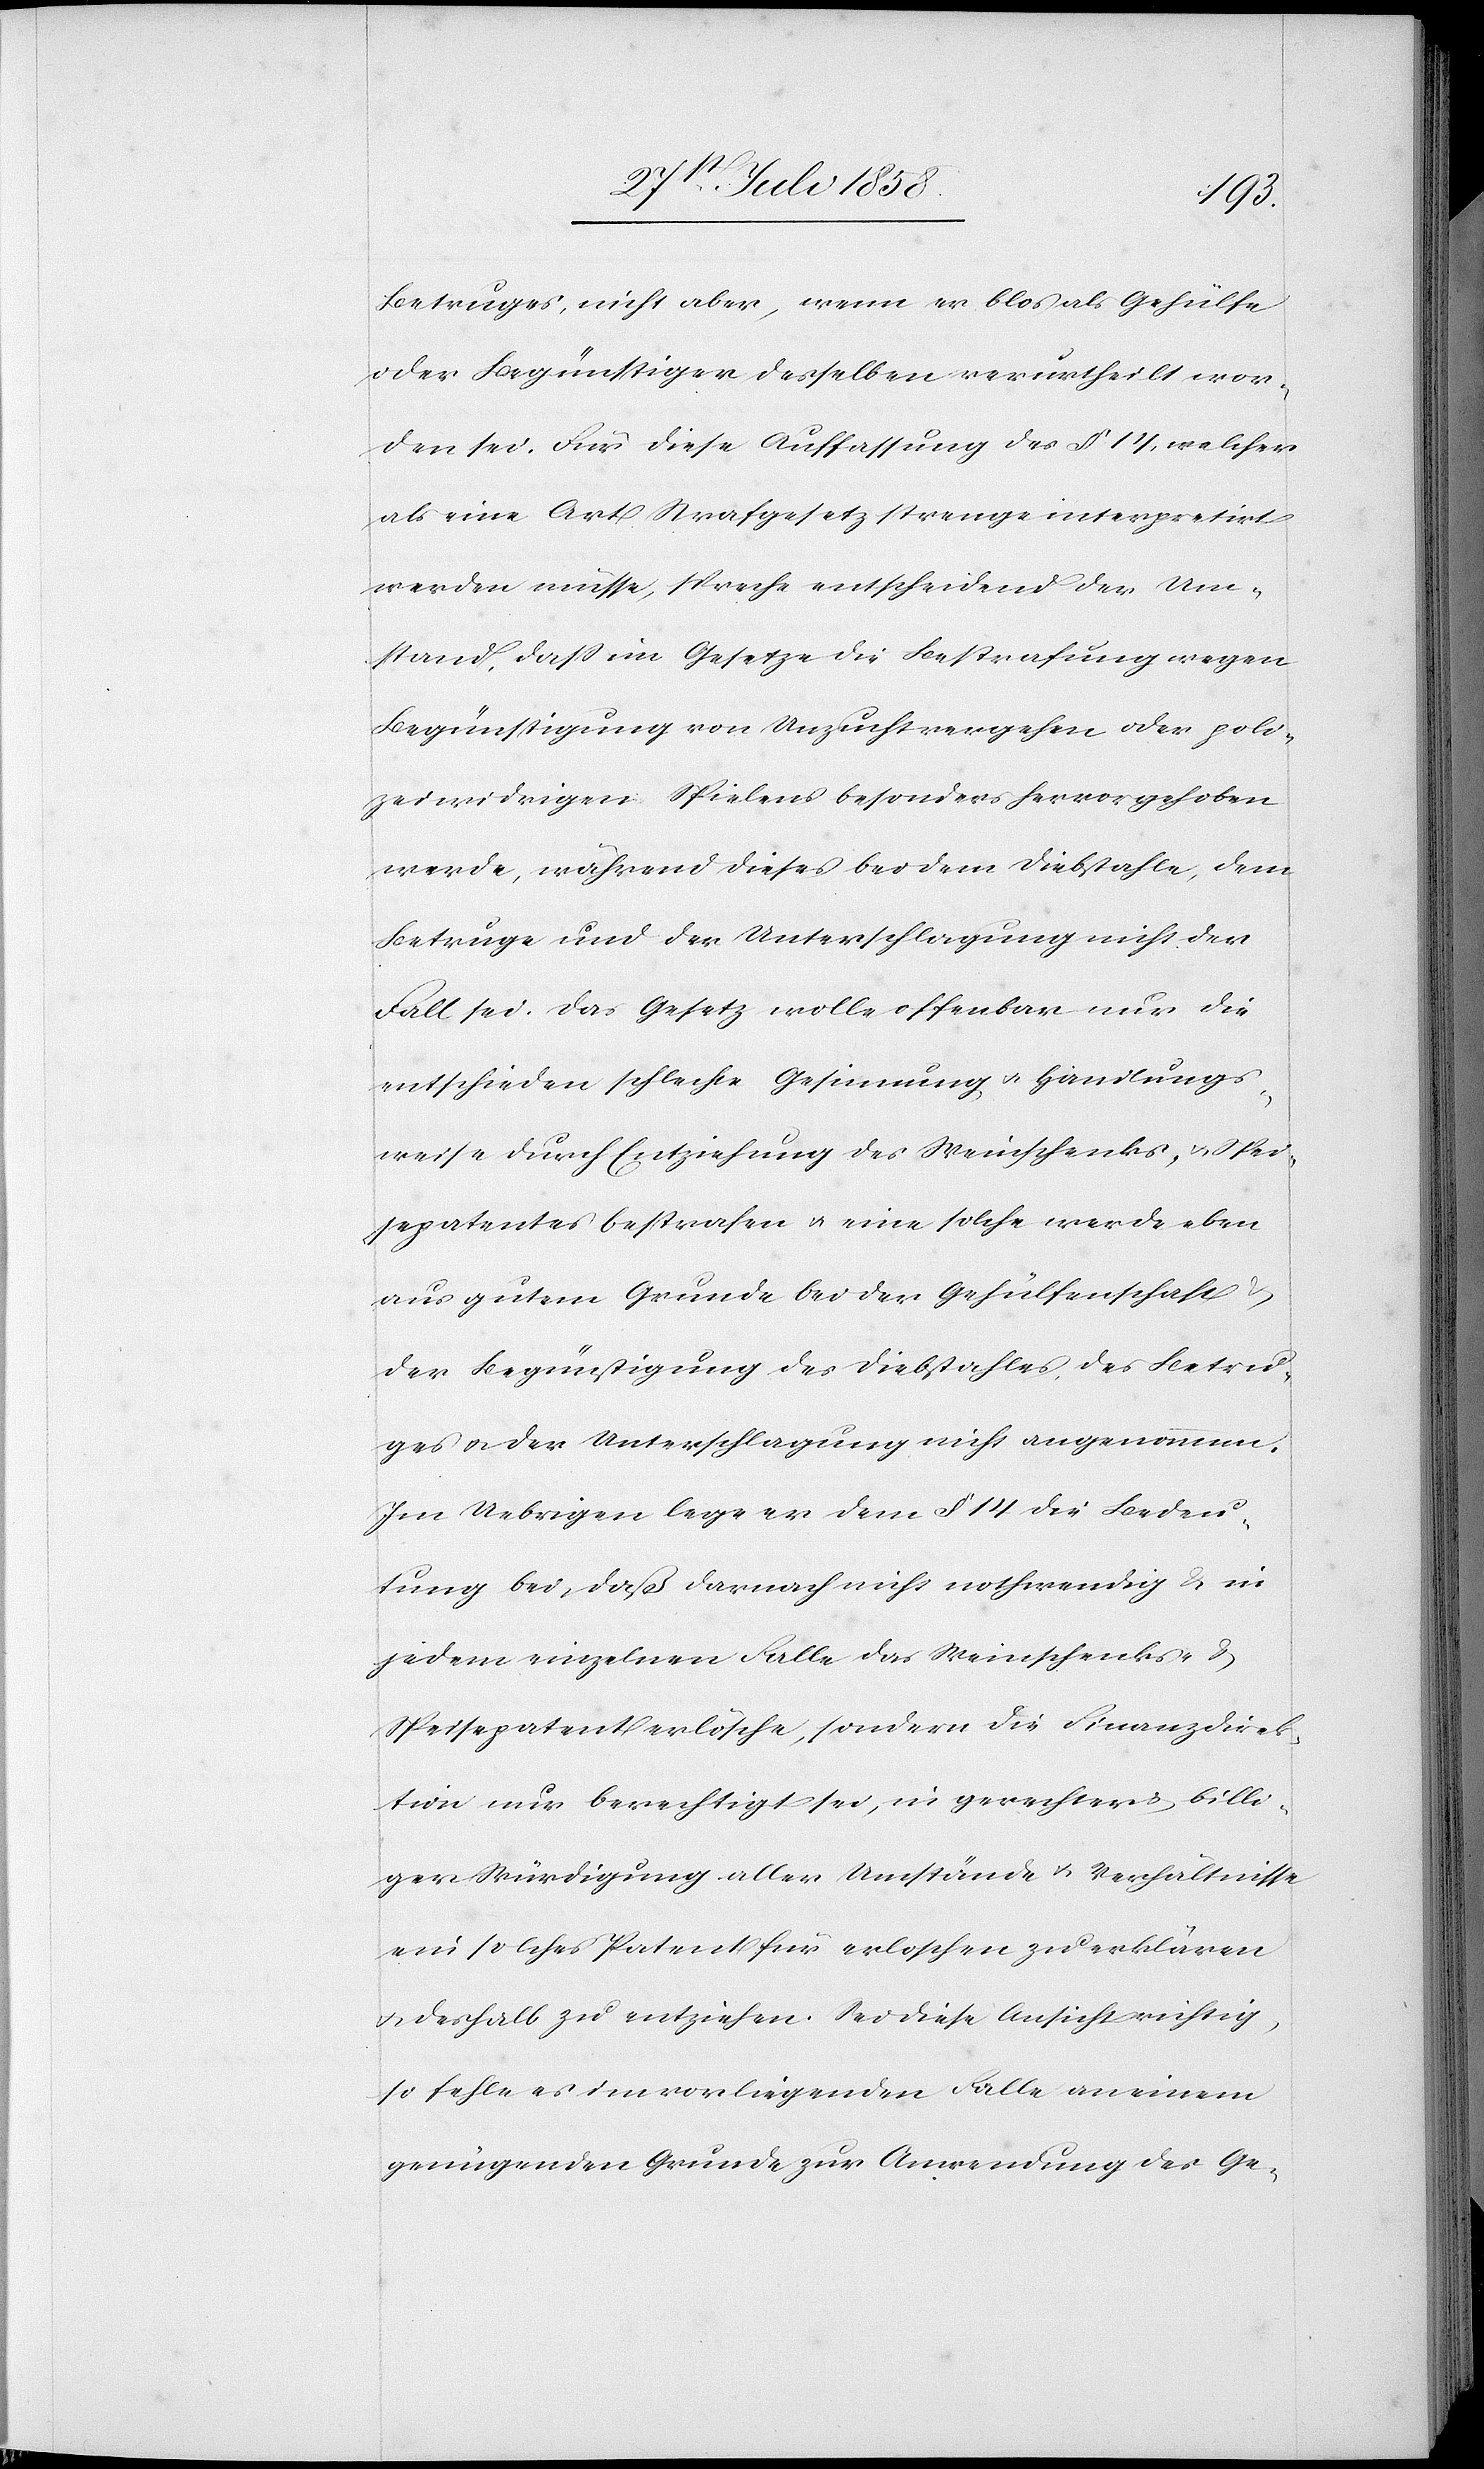
Betruges, nicht aber, wenn er blos als Gehülfe
oder Begünstiger desselben verurtheilt wor¬
den sei. Für diese Auffassung des § 14, welcher
als eine Art Strafgesetz strenge interpretirt
werden müsse, spreche entscheidend der Um¬
stand, dass im Gesetze die Bestrafung wegen
Begünstigung von Unzuchtvergehen oder poli¬
zeiwidrigen Spielens besonders hervorgehoben
werde, während dieses bei dem Diebstahle, dem
Betruge und der Unterschlagung nicht der
Fall sei. Das Gesetz wolle offenbar nur die
entschieden schlechte Gesinnung & Handlungs¬
weise durch Entziehung des Weinschenks- & Spei¬
sepatentes bestrafen & eine solche werde eben
aus gutem Grunde bei der Gehülfenschaft
der Begünstigung des Diebstahles, des Betru¬
ges & der Unterschlagung nicht angenommen.
Im Uebrigen lege er dem § 14 die Bedeu¬
tung bei, daß darnach nicht nothwendig & in
jedem einzelnen Falle das Weinschenks- &
Speisepatent erlösche, sondern die Finanzdirek¬
tion nur berechtigt sei, in gerechter & billi¬
ger Würdigung aller Umstände & Verhältnisse
ein solches Patent für erloschen zu erklären
& deshalb zu entziehen. Sei diese Ansicht richtig,
so fehle es im vorliegenden Falle an einem
genügenden Grunde zur Anwendung des Ge-